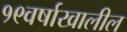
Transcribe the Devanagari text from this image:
१९वर्षाखालील